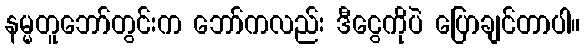
နမ္မတူဘော်တွင်းက ဘော်ကလည်း ဒီငွေကိုပဲ ပြောချင်တာပါ။